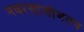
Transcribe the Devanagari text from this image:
नवरसांसोबतच